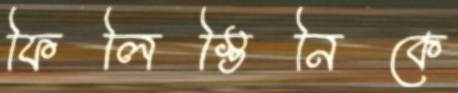
ফিলিস্তিনিকে